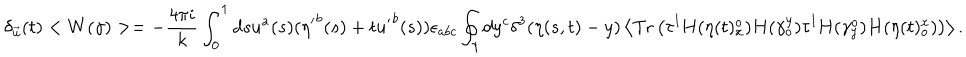
LaTeX: \delta _ { \vec { u } } ( t ) < W ( \gamma ) > = - { \frac { 4 \pi i } { k } } \int _ { 0 } ^ { 1 } d s u ^ { a } ( s ) ( { \eta ^ { \prime } } ^ { b } ( s ) + t { u ^ { \prime } } ^ { b } ( s ) ) \epsilon _ { a b c } \oint _ { \gamma } d y ^ { c } \delta ^ { 3 } ( \eta ( s , t ) - y ) \left< \mathrm { T r } \left( \tau ^ { l } H ( \eta ( t ) _ { x } ^ { o } ) H ( \gamma _ { o } ^ { y } ) \tau ^ { l } H ( \gamma _ { y } ^ { o } ) H ( \eta ( t ) _ { o } ^ { x } ) \right) \right> .